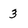
Character: 3